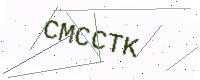
Text: CMCCTK